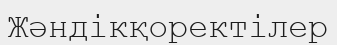
Жәндікқоректілер